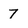
Character: 7